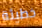
خطيئة